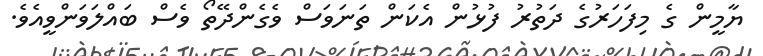
ޔާމީން ގެ މިފަހަރުގެ ދަތުރު ފުޅުން އެކަން ތަނަވަސް ވެގެންދޭތޯ ވެސް ބައްލަވަންވީއެވެ.